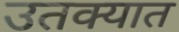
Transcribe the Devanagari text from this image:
उतक्यात